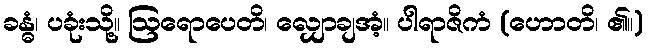
ခန္ဓံ၊ ပခုံးသို့။ ဩရောပေတိ၊ လျှောချအံ့။ ပါရာဇိကံ (ဟောတိ၊ ၏။)